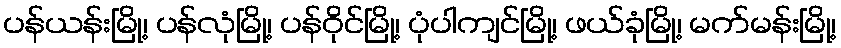
ပန်ယန်းမြို့၊ ပန်လုံမြို့၊ ပန်ဝိုင်မြို့၊ ပုံပါကျင်မြို့၊ ဖယ်ခုံမြို့၊ မက်မန်းမြို့၊